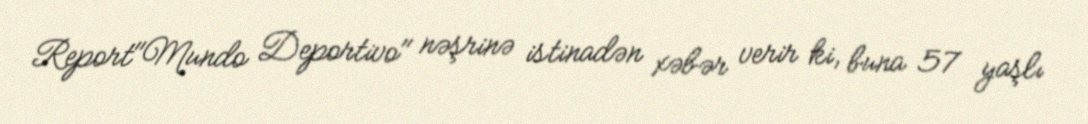
Report"Mundo Deportivo" nəşrinə istinadən xəbər verir ki, buna 57 yaşlı